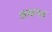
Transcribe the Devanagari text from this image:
अधगढ़